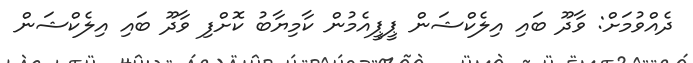
ދެއްވުމަށް: ވާދޫ ބައި އިލެކްޝަން ޕީޕީއެމުން ކާމިޔާބު ކޮށްފި ވާދޫ ބައި އިލެކްޝަން